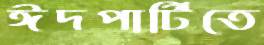
ঈদপার্টিতে